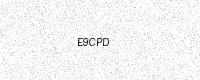
Text: E9CPD